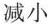
减小